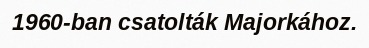
1960-ban csatolták Majorkához.